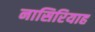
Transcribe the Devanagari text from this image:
नासिरियाह